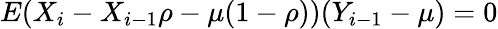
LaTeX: E(X_{i}-X_{i-1}\rho-\mu(1-\rho))(Y_{i-1}-\mu)=0